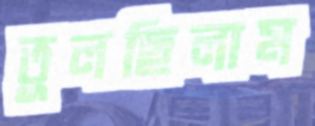
তুলছিলাম